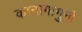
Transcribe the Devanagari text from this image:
कानामागुनी